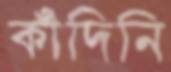
কাঁদিনি